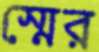
স্মের